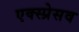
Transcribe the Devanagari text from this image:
एक्स्प्रेसव